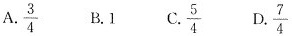
A.\frac{3}{4} B1 C.\frac{5}{4} D.\frac{7}{4}